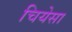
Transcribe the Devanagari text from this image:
चियेसा